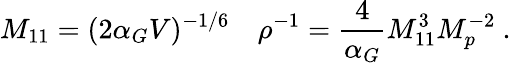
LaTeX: M_{11}=(2\alpha_{G}V)^{-1/6}\quad\rho^{-1}={\frac{4}{\alpha_{G}}}M_{11}^{3}M_{p}^{-2}\ .